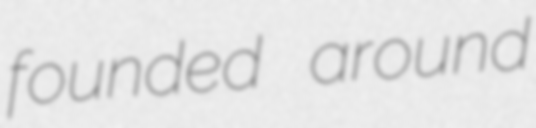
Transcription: founded around